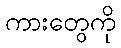
ကားတွေကို